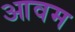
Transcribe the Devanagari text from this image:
आवम